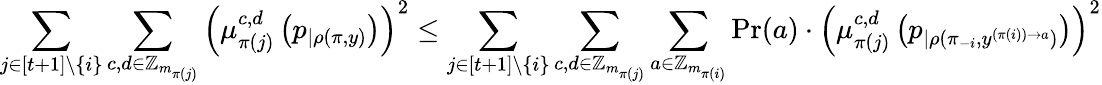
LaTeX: \sum_{j\in[t+1]\setminus\{ i\} }\sum_{c,d\in\mathbb{Z}_{m_{\pi(j)}}}\left(\mu_{\pi(j)}^{c,d}\left(p_{|\rho(\pi,y)}\right)\right)^{2}\leq\sum_{j\in[t+1]\setminus\{ i\} }\sum_{c,d\in\mathbb{Z}_{m_{\pi(j)}}}\sum_{a\in\mathbb{Z}_{m_{\pi(i)}}}\operatorname*{Pr}(a)\cdot\left(\mu_{\pi(j)}^{c,d}\left(p_{|\rho(\pi_{-i},y^{(\pi(i))\to a})}\right)\right)^{2}